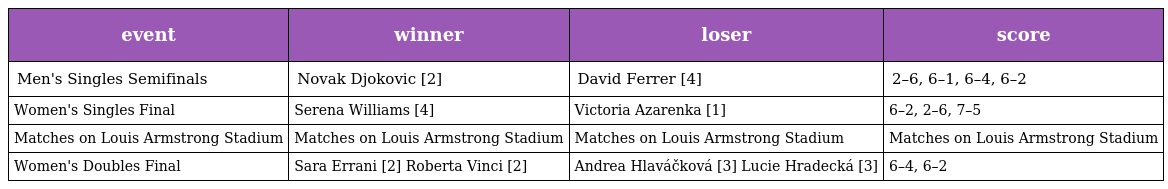
| event | winner | loser | score |
 | --- | --- | --- | --- |
 | Men's Singles Semifinals | Novak Djokovic [2] | David Ferrer [4] | 2–6, 6–1, 6–4, 6–2 |
 | Women's Singles Final | Serena Williams [4] | Victoria Azarenka [1] | 6–2, 2–6, 7–5 |
 | Matches on Louis Armstrong Stadium | Matches on Louis Armstrong Stadium | Matches on Louis Armstrong Stadium | Matches on Louis Armstrong Stadium |
 | Women's Doubles Final | Sara Errani [2] Roberta Vinci [2] | Andrea Hlaváčková [3] Lucie Hradecká [3] | 6–4, 6–2 |